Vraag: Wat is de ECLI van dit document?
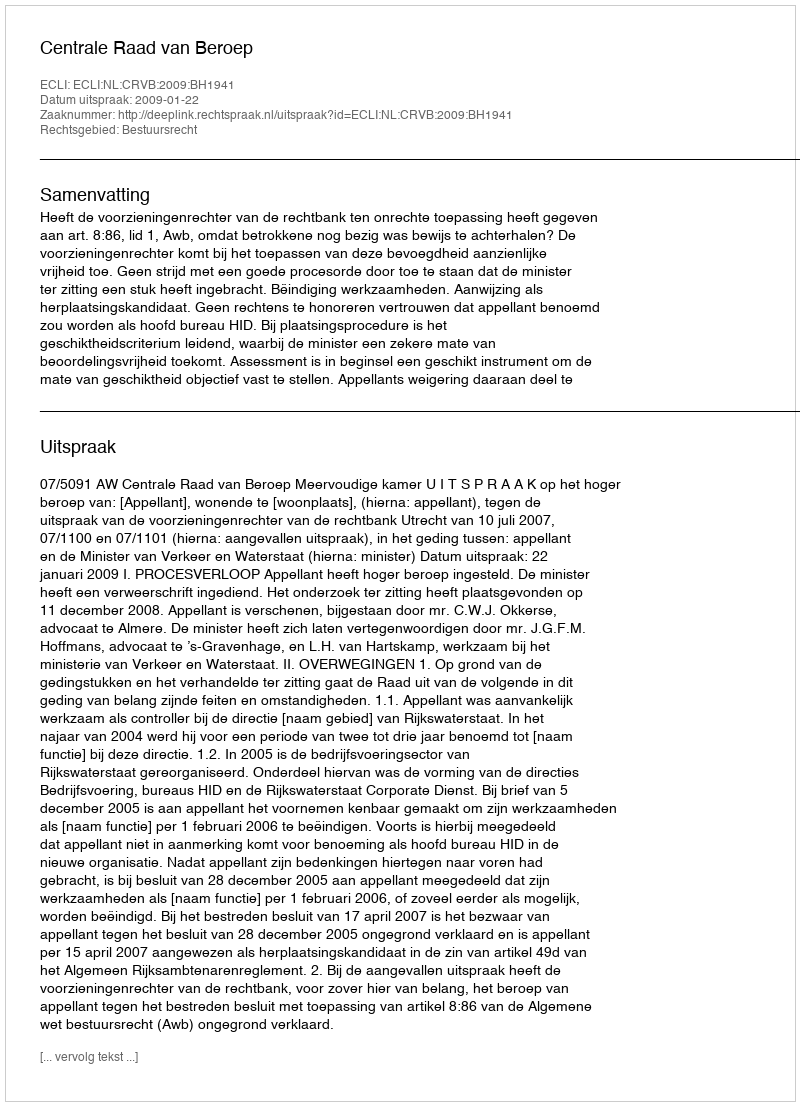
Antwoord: ECLI:NL:CRVB:2009:BH1941